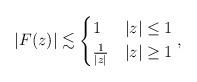
LaTeX: \begin{align*}|F(z)| \lesssim \begin{cases} 1 & |z| \leq 1\\\frac{1}{|z|} & |z| \geq 1\end{cases},\end{align*}